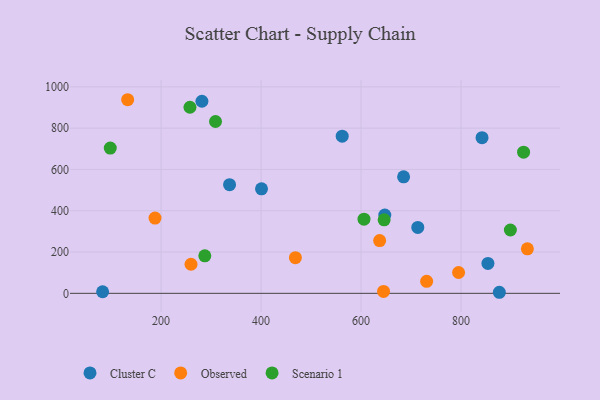
{"axis": {"x": "Experience", "y": "Yield"}, "legend": ["Cluster C", "Observed", "Scenario 1"], "data": [{"x": "853.8", "y": 144.7, "type": "Cluster C"}, {"x": "842.0", "y": 753.8, "type": "Cluster C"}, {"x": "281.7", "y": 930.1, "type": "Cluster C"}, {"x": "83.1", "y": 7.6, "type": "Cluster C"}, {"x": "562.3", "y": 761.2, "type": "Cluster C"}, {"x": "876.6", "y": 5.1, "type": "Cluster C"}, {"x": "647.5", "y": 378.9, "type": "Cluster C"}, {"x": "685.1", "y": 564.1, "type": "Cluster C"}, {"x": "337.0", "y": 526.0, "type": "Cluster C"}, {"x": "400.9", "y": 506.1, "type": "Cluster C"}, {"x": "713.5", "y": 319.3, "type": "Cluster C"}, {"x": "133.2", "y": 937.5, "type": "Observed"}, {"x": "259.9", "y": 140.8, "type": "Observed"}, {"x": "637.2", "y": 255.4, "type": "Observed"}, {"x": "731.2", "y": 58.2, "type": "Observed"}, {"x": "645.0", "y": 9.3, "type": "Observed"}, {"x": "468.7", "y": 172.8, "type": "Observed"}, {"x": "795.1", "y": 100.9, "type": "Observed"}, {"x": "187.9", "y": 364.4, "type": "Observed"}, {"x": "932.7", "y": 215.7, "type": "Observed"}, {"x": "898.7", "y": 306.6, "type": "Scenario 1"}, {"x": "925.1", "y": 683.7, "type": "Scenario 1"}, {"x": "308.9", "y": 832.0, "type": "Scenario 1"}, {"x": "605.9", "y": 358.9, "type": "Scenario 1"}, {"x": "257.8", "y": 901.0, "type": "Scenario 1"}, {"x": "287.5", "y": 181.5, "type": "Scenario 1"}, {"x": "98.4", "y": 703.2, "type": "Scenario 1"}, {"x": "646.2", "y": 355.7, "type": "Scenario 1"}]}